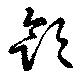
飲